King Institute of Preventive Medicine Bacteriolog. Section reports 1907-08
Year: 1907
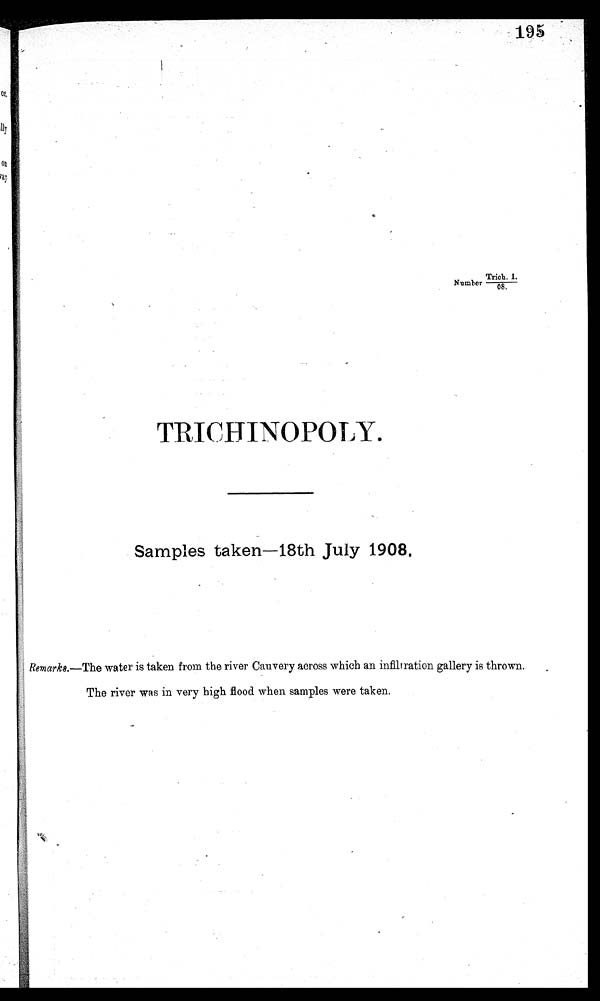
195
Number Trich. 1.
/ 0 8 .
TRICHINOPOLY.
Samples taken—18th July 1908.
Remarks.—The water is taken from the river Cauvery across which an infiltration gallery is thrown.
The river was in very high flood when samples were taken.